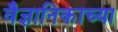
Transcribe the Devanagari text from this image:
वैज्ञानिकाच्या